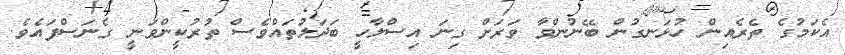
އެކަމުގެ ތެރެއިން ހުޅަނގުން ބޭނުންވާ ވަރަށް ގިނަ އިސްލާހީ ބަދަލުތައްވެސް ތުރުކީންވަނީ ގެނަސްފައެވެ.